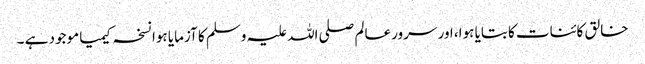
خالق کائنات کا بتایا ہوا، اور سرورعالم صلی اللہ علیہ وسلم کا آزمایا ہوا نسخہ کیمیا موجود ہے ۔